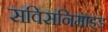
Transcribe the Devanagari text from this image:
सविसनिमाइड